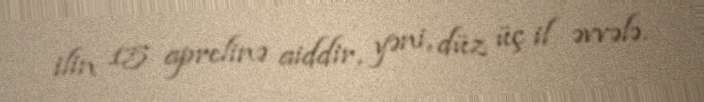
ilin 15 aprelinə aiddir, yəni, düz üç il əvvələ.